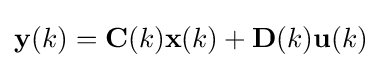
\mathbf {y} (k)=\mathbf {C} (k)\mathbf {x} (k)+\mathbf {D} (k)\mathbf {u} (k)